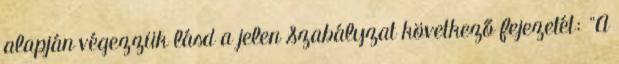
alapján végezzük lásd a jelen Szabályzat következő fejezetét: "A